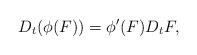
LaTeX: \begin{align*} D_t(\phi(F))=\phi'(F)D_tF,\end{align*}